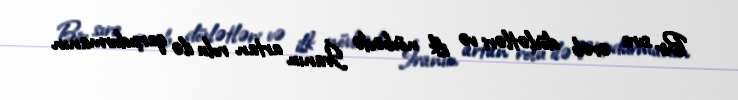
Bir sıra ərəb dövlətləri və ilk növbədə İranın artan rolu ilə qarşıdurmanın